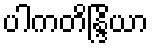
ပါကတိန္ဒြိယာ